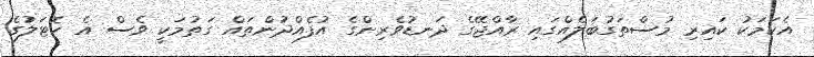
އެކަމަކު ކައިރި މުސްތަގުބަލެއްގައި ރާއްޖޭގެ ދަނޑުވެރިންގެ އުފެއްދުންތައް ގަތުމަކީ ވެސް އެ ހޮޓަލުގެ